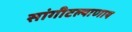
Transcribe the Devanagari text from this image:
सांगीटल्याणाय